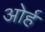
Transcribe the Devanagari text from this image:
ओर्ह